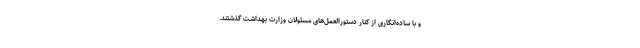
و با ساده‌انگاری از کنار دستورالعمل‌های مسئولان وزارت بهداشت گذشتند.